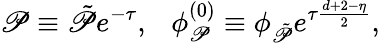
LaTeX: \mathscr{P}\equiv\tilde{{\mathscr{P}}}e^{-\tau},\ \ \ \phi_{\mathscr{P}}^{(0)}\equiv\phi_{\tilde{{\mathscr{P}}}}e^{\tau\frac{{d+2-\eta}}{{2}}},